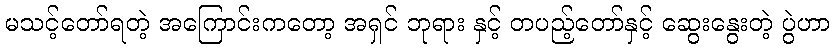
မသင့်တော်ရတဲ့ အကြောင်းကတော့ အရှင် ဘုရား နှင့် တပည့်တော်နှင့် ဆွေးနွေးတဲ့ ပွဲဟာ